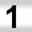
Digit: 1